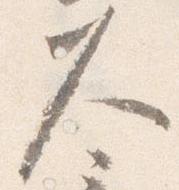
久